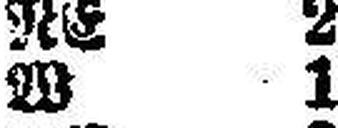
W 1